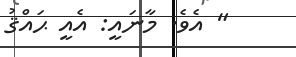
" އެވެ. މާނައީ: އެއީ ޙައްޤު